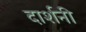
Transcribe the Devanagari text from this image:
दार्शनी